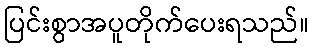
ပြင်းစွာအပူတိုက်ပေးရသည်။